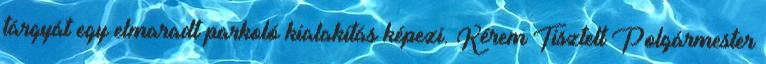
tárgyát egy elmaradt parkoló kialakítás képezi. Kérem Tisztelt Polgármester